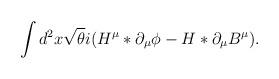
LaTeX: \begin{align*}\int d^2x \sqrt{\theta}i(H^{\mu}\ast\partial_{\mu}\phi-H\ast\partial_{\mu}B^{\mu}).\end{align*}